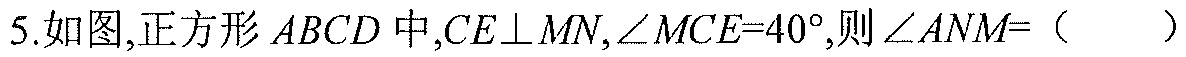
5.如图,正方形\(ABCD\)中,\(CE\perp MN\),\(\angle MCE = 40^{\circ}\),则\(\angle ANM=\)（  ）